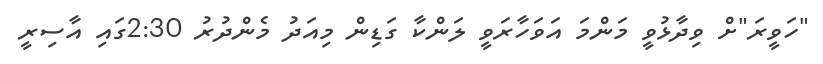
"ހަވީރަ"ށް ވިދާޅުވީ މަންމަ އަވަހާރަވީ ލަންކާ ގަޑިން މިއަދު މެންދުރު 2:30ގައި އާސިރީ